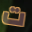
ت